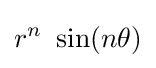
r^{n}~\sin(n\theta )